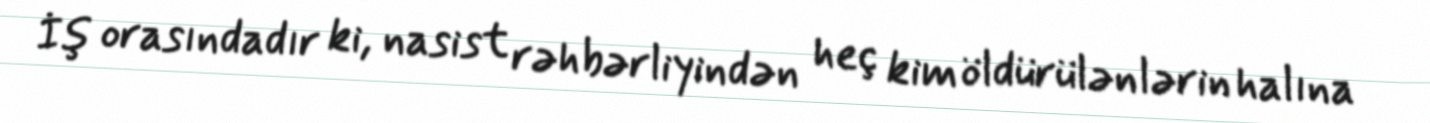
İş orasındadır ki, nasist rəhbərliyindən heç kim öldürülənlərin halına